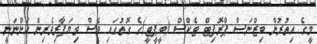
މީގެ އިތުރުން ބިޒްނަސް ޕްރޮފިޓް ޓެކްސް (ބީޕީޓީ)ގެ ގޮތުގައި ވެސް ވިޔަފާރިވެރިން އަންނަނީ